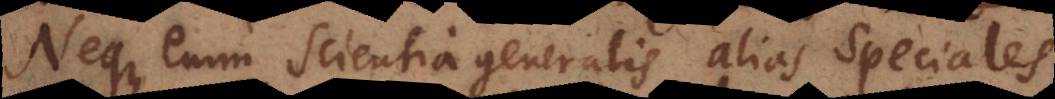
Neque enim scientia generalis alias speciales